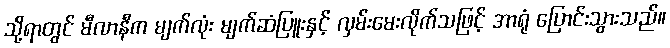
သို့ရာတွင် မီလာနီက မျက်လုံး မျက်ဆံပြူးနှင့် လှမ်းမေးလိုက်သဖြင့် အာရုံ ပြောင်းသွားသည်။